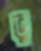
ভু